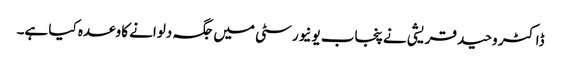
ڈاکٹر وحید قریشی نے پنجاب یونیورسٹی میں جگہ دلوانے کا وعدہ کیا ہے۔